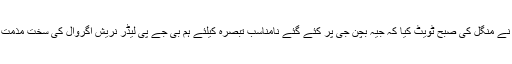
اکھلیش یادو نے منگل کی صبح ٹویٹ کیا کہ جیہ بچن جی پر کئے گئے نامناسب تبصرہ کیلئے ہم بی جے پی لیڈر نریش اگروال کی سخت مذمت کرتے ہیں ۔